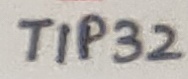
Text: TIP32